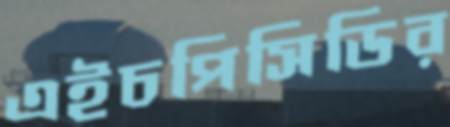
এইচপিসিডির